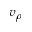
v _ { \rho }